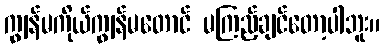
ကျွန်မကိုယ်ကျွန်မတောင် မကြည့်ချင်တော့ပါဘူး။